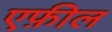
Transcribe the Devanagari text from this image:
एफ़ील